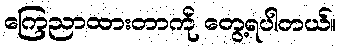
ကြေညာထားတာကို တွေ့ရပါတယ်။